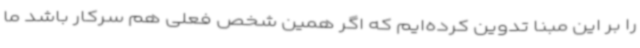
را بر این مبنا تدوین کرده‌ایم که اگر همین شخص فعلی هم سرکار باشد ما